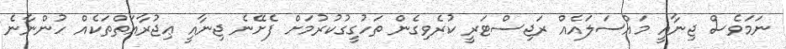
ނަމަވެސް ޖިނާއީ މައްސަލައެއް ރަޖިސްޓަރީ ކުރެވިގެން ތަހުގީގުކުރުމަށް ފެށޭނެ ޖިނާއީ ޢިޖުރާއަތްތަކެއް ހުންނާނެ